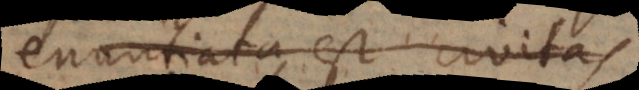
enuntiata est civitas